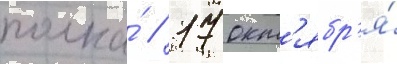
полка́ // 17 окт'ябр'я́